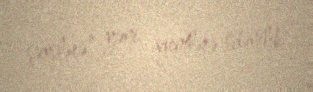
şəxslərə”, yəni agentlərə ödənilib.